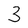
Character: 3